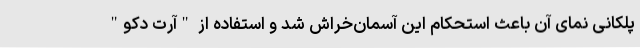
پلکانی نمای آن باعث استحکام این آسمان‌خراش شد و استفاده از "آرت دکو"